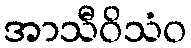
အာသီဝိသံဝ